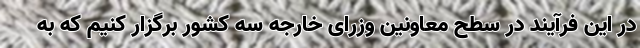
در این فرآیند در سطح معاونین وزرای خارجه سه کشور برگزار کنیم که به